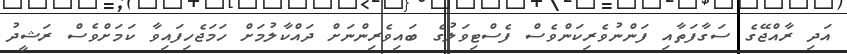
އަދި ރާއްޖޭގެ ސަގާފަތާއި ފަންނުވެރިކަންވެސް ފެސްޓިވަލުގެ ބައިވެރިންނަށް ދައްކާލުމަށް ހަމަޖެހިފައިވާ ކަމަށްވެސް ރަޝީދު